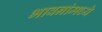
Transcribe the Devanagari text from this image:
भावनांमध्ये